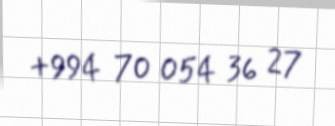
+994 70 054 36 27